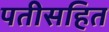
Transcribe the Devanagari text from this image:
पतीसहित